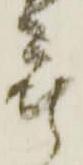
被